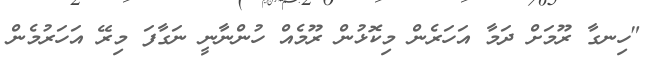
"ހިނގާ ރޫމަށް ދަމާ އަހަރެން މިކޮޅުން ރޫމެއް ހުންނާނީ ނަގާފަ މިރޭ އަހަރުމެން